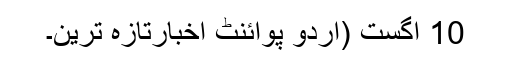
10 اگست (اُردو پوائنٹ اخبارتازہ ترین۔